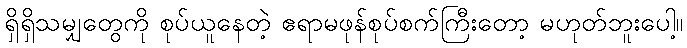
ရှိရှိသမျှတွေကို စုပ်ယူနေတဲ့ ဧရာမဖုန်စုပ်စက်ကြီးတော့ မဟုတ်ဘူးပေါ့။